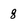
Character: 8